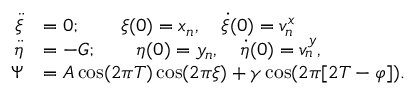
\begin{array} { r l } { \ddot { \xi } } & { = 0 ; \qquad \xi ( 0 ) = x _ { n } , \quad \dot { \xi } ( 0 ) = v _ { n } ^ { x } } \\ { \ddot { \eta } } & { = - G ; \qquad \eta ( 0 ) = y _ { n } , \quad \dot { \eta } ( 0 ) = v _ { n } ^ { y } , } \\ { \Psi } & { = A \cos ( 2 \pi T ) \cos ( 2 \pi \xi ) + \gamma \cos ( 2 \pi [ 2 T - \varphi ] ) . } \end{array}